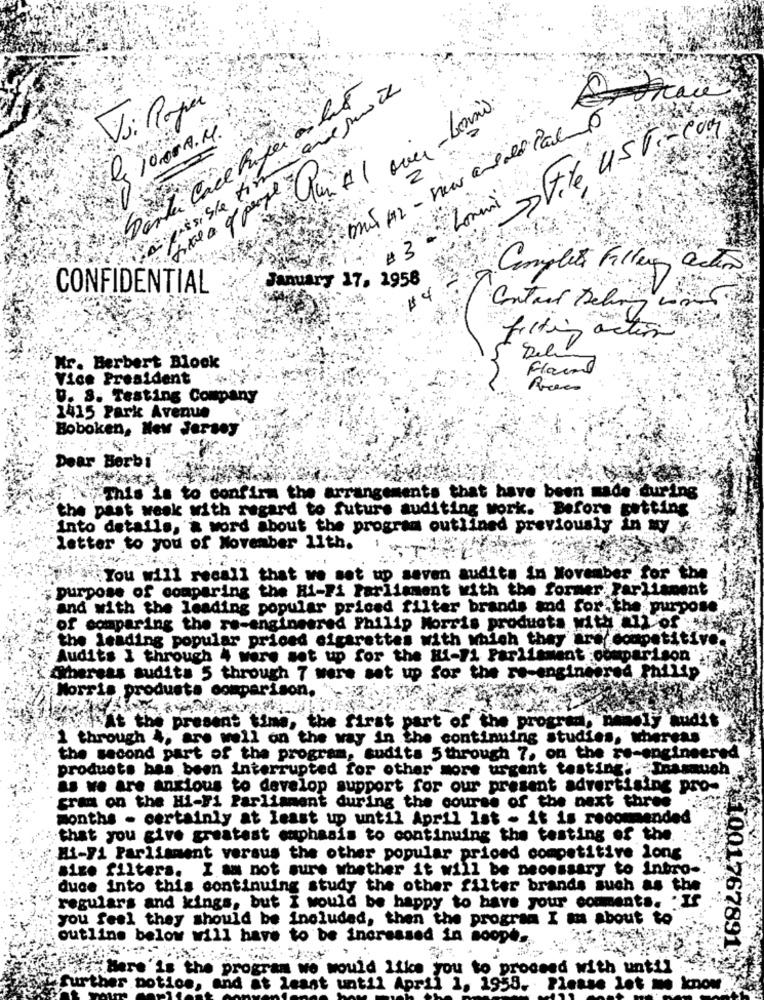
Va passible tim are sur ch
inter lace Paper as his
V: Roja
"Lomi- File UST-Com
le 1000A.M.
#3
Complex Filler action
January 17, 1958
CONFIDENTIAL
$4
Contact Delving
filtin action
Mr. Berbert Block
Flaund
Vice President
U. S. Testing Company
1415 Park Avenue
Boboken, New Jersey
Dear Berbi
This is to confirm the arrangements that have been made during
the past week with regard to future auditing work. " Before getting
Into details, & word about the program outlined previously in my y.
letter to you of November 11th.
.You will recall that we set up seven audits in November for the
purpose of comparing the Hi-Fi Parliament with the former; Parliament
and with the leading popular priced filter brands and for the purpose
of comparing the re-engineered Philip Morris products with all of
the leading popular priced cigarettes with which they are'competitive
Audits I through 4 were set up for the Hi-11 Parliament :comparison
Whereas sudits 5 through 7 were set up for the re-engineered Philip'
Morris produsta comparison.
is At the present time, the first part of the progred, namely audit
1 through , are well on the way in the continuing studies, whereas
the second part of the program, audits 5through 7, on the re-engineered
products has been interrupted for other more urgent testing. Inasauch
as we are anxious to develop support for our present advertis!
tising pro-
gran on the Hi-Fi Parliament during the course of the next three
months - certainly at least up until April 1st - it is recommended
that you give greatest emphasis to continuing the testing of the.
Hi-F1 Parliament versus the other popular priced competitive long
size filters. I am not sure whether it will be necessary to inbro-
duce into this continuing study the other filter brands such as the
regulars and kings, but I would be happy to have your comments. . If
you feel they should be included, then the program I m about to
outline below will have to be increased in scope,
1001767891
s the program we would like you to proceed with until
further notice, and at least until April 1, 1958. Please let me know